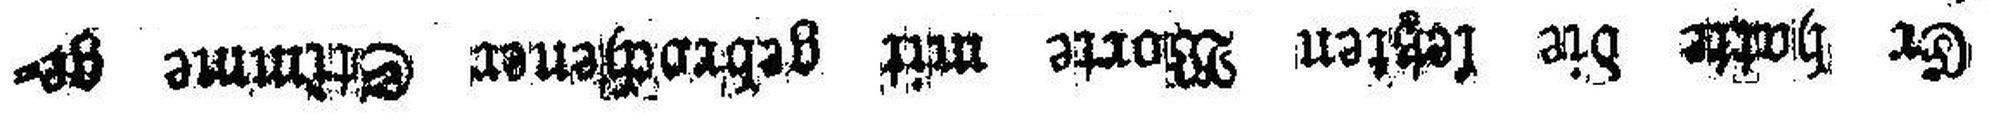
Er hatte die letzten Worte mit gebrochener Stimme ge¬